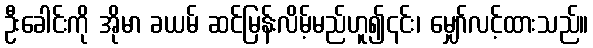
ဦးခေါင်းကို အိုမာ ခယမ် ဆင်မြန်းလိမ့်မည်ဟူ၍၎င်း၊ မျှော်လင့်ထားသည်။